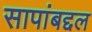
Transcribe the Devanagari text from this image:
सापांबद्दल